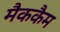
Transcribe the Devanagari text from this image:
मैककैम